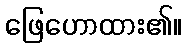
ဖြေဟောထား၏။